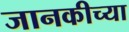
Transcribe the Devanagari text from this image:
जानकीच्या